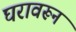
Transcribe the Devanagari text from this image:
घरावरून